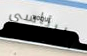
الرئاسي